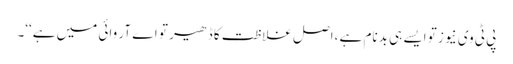
پی ٹی وی نیوز تو ایسے ہی بدنام ہے ،اصل غلاظت کا ڈھیر تو اے آر وائی میں ہے‘‘۔